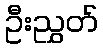
ဦးညွှတ်